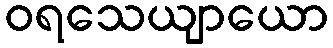
ဝရသေယျာယော